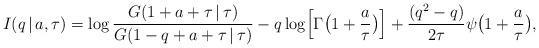
LaTeX: \begin{align*}I(q\,|\,a, \tau) =\log\frac{G(1+a+\tau\,|\,\tau)}{G(1-q+a+\tau\,|\,\tau)}-q\log\Bigl[\Gamma\bigl(1+\frac{a}{\tau}\bigr)\Bigr]+\frac{(q^2-q)}{2\tau}\psi\bigl(1+\frac{a}{\tau}\bigr),\end{align*}